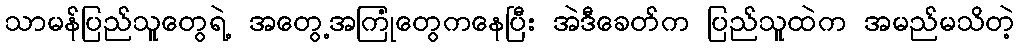
သာမန်ပြည်သူတွေရဲ့ အတွေ့အကြုံတွေကနေပြီး အဲဒီခေတ်က ပြည်သူထဲက အမည်မသိတဲ့